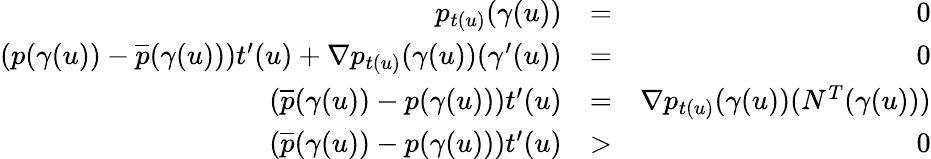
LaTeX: \begin{array}{rlr}{p_{t(u)}(\gamma(u))}&{=}&{0}\\ {(p(\gamma(u))-\overline{{p}}(\gamma(u)))t^{\prime}(u)+\nabla p_{t(u)}(\gamma(u))(\gamma^{\prime}(u))}&{=}&{0}\\ {(\overline{{p}}(\gamma(u))-p(\gamma(u)))t^{\prime}(u)}&{=}&{\nabla p_{t(u)}(\gamma(u))(N^{T}(\gamma(u)))}\\ {(\overline{{p}}(\gamma(u))-p(\gamma(u)))t^{\prime}(u)}&{>}&{0}\end{array}